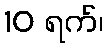
10 ရက်၊